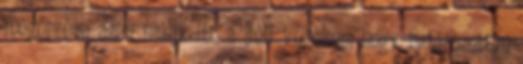
megőrzése azon múlik itt, a déli végeken, hogy határozottan